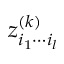
z _ { i _ { 1 } \cdots i _ { l } } ^ { ( k ) }